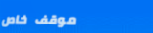
موقف خاص